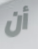
أن